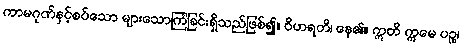
ကာမဂုဏ်နှင့်စပ်သော များသောကြံခြင်းရှိသည်ဖြစ်၍။ ဝိဟရတိ၊ နေ၏။ ဣတိ ဣမေ ပဉ္စ၊